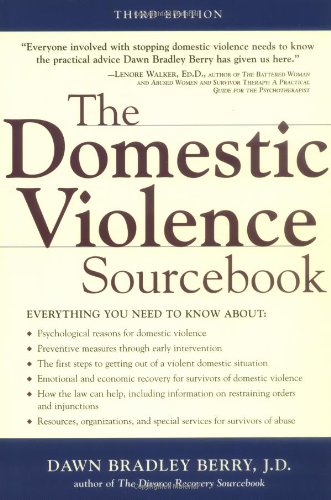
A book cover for Domestic Violence Sourcebook, The; Dawn Berry; Self-Help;